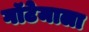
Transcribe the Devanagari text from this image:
गॉटेमाला